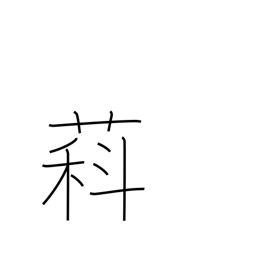
Meaning: type of wisteria